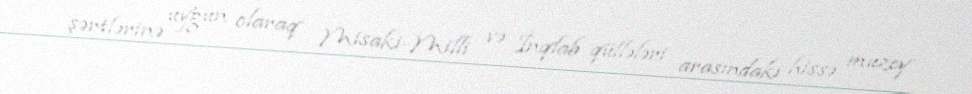
şərtlərinə uyğun olaraq Misaki-Milli və İnqlab qüllələri arasındakı hissə muzey